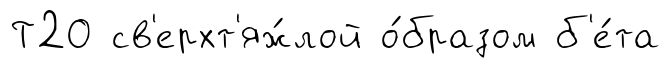
Т2О св'ерхт'яж́лой о́бразом б'е́та